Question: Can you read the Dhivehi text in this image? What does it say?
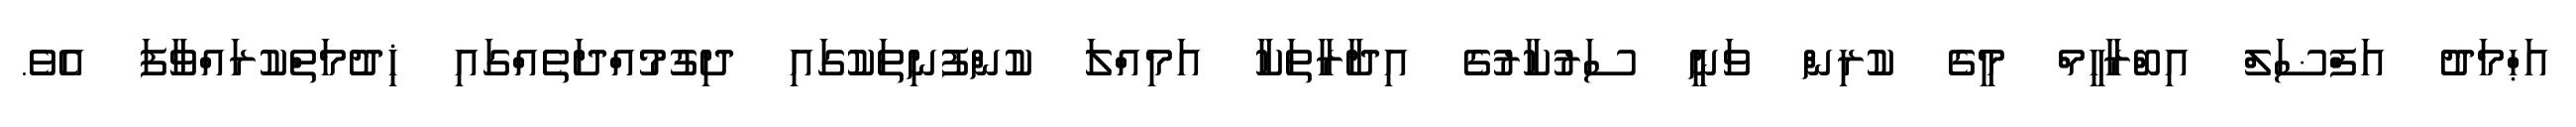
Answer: އަޙްމަދު އަފްޟަލް އިބްރާހީމް މީގެ ކުރިން ވަނީ ސަރުކާރުގެ އިދާރާތަކާ އަމިއްލަ ކުންފުނިތަކުގައި ދިގުމުއްދަތެއްގައި ޚިދުމަތްކުރައްވާފަ އެވެ.